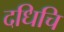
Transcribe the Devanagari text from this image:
दधिचि